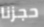
حجزنا